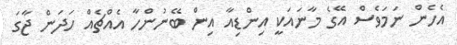
އެހެން ނަމަވެސް އޭގެ މާނައަކީ އިންޑިއާ އިން ބޭނުންހާ އެއްޗެއް ހަދަން ޖާގަ